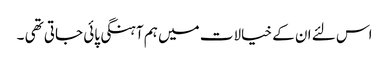
اس لئے ان کے خیالات میں ہم آہنگی پائی جاتی تھی ۔